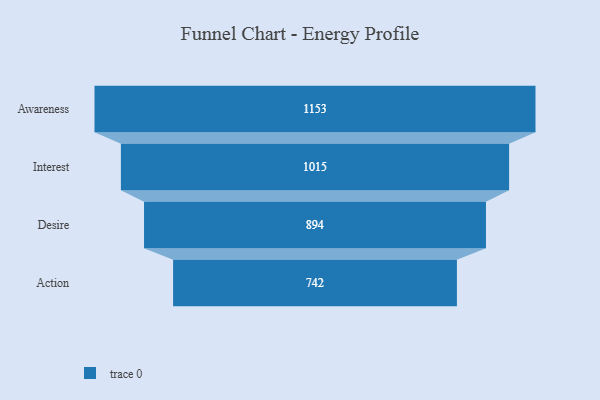
{"axis": {"x": "Stage", "y": "Value"}, "legend": [""], "data": [{"x": "Awareness", "y": 1153.0, "type": ""}, {"x": "Interest", "y": 1015.0, "type": ""}, {"x": "Desire", "y": 894.0, "type": ""}, {"x": "Action", "y": 742.0, "type": ""}]}